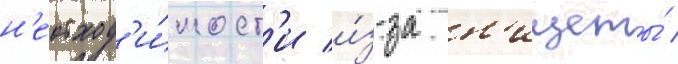
н'еобход'и́мост'и и́з-за н'ищеты́ /